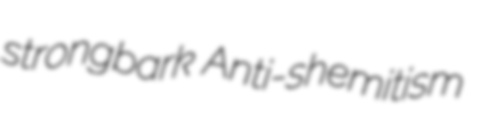
strongbark Anti-shemitism